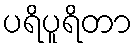
ပရိပူရိတာ